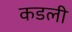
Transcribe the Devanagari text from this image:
कडली